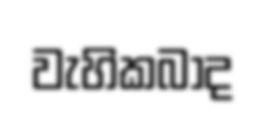
වැහිකබාද